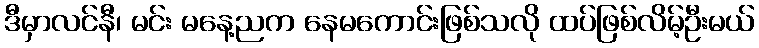
ဒီမှာလင်နီ၊ မင်း မနေ့ညက နေမကောင်းဖြစ်သလို ထပ်ဖြစ်လိမ့်ဦးမယ်